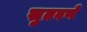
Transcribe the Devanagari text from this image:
सुतवणे